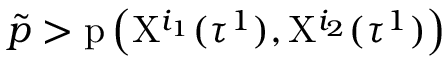
\tilde { p } > \mathrm { p } \left( \mathrm { X } ^ { i _ { 1 } } ( \tau ^ { 1 } ) , \mathrm { X } ^ { i _ { 2 } } ( \tau ^ { 1 } ) \right)